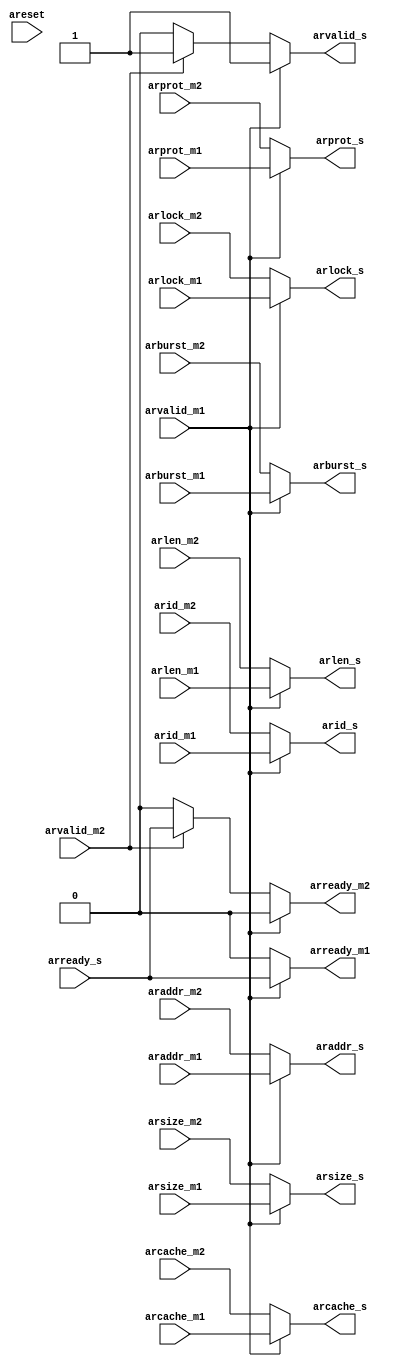
module ar_mux_2to1(
input areset,

// master 1
input   [31:0]  araddr_m1,
input    [3:0]  arid_m1,
input    [1:0]  arburst_m1,
input    [3:0]  arlen_m1,
input    [2:0]  arsize_m1,
input    [1:0]  arlock_m1,
input    [3:0]  arcache_m1,
input    [2:0]  arprot_m1,
input           arvalid_m1,
output          arready_m1,

// master 2
input   [31:0]  araddr_m2,
input    [3:0]  arid_m2,
input    [1:0]  arburst_m2,
input    [3:0]  arlen_m2,
input    [2:0]  arsize_m2,
input    [1:0]  arlock_m2,
input    [3:0]  arcache_m2,
input    [2:0]  arprot_m2,
input           arvalid_m2,
output          arready_m2,

// slave
output  [31:0]  araddr_s,
output   [3:0]  arid_s,
output   [1:0]  arburst_s,
output   [3:0]  arlen_s,
output   [2:0]  arsize_s,
output   [1:0]  arlock_s,
output   [3:0]  arcache_s,
output   [2:0]  arprot_s,
output          arvalid_s,
input           arready_s
);



// AR mux
assign araddr_s	  = arvalid_m1 ? araddr_m1 : araddr_m2;
assign arid_s	  = arvalid_m1 ? arid_m1 : arid_m2;
assign arlen_s	  = arvalid_m1 ? arlen_m1 : arlen_m2;
assign arsize_s	  = arvalid_m1 ? arsize_m1 : arsize_m2;
assign arburst_s  = arvalid_m1 ? arburst_m1 : arburst_m2;
assign arlock_s	  = arvalid_m1 ? arlock_m1 : arlock_m2;
assign arcache_s  = arvalid_m1 ? arcache_m1 : arcache_m2;
assign arprot_s	  = arvalid_m1 ? arprot_m1 : arprot_m2;
assign arvalid_s  = arvalid_m1 ? arvalid_m1 : arvalid_m2 ? arvalid_m2 : 1'b0;

assign arready_m1 = arvalid_m1 ? arready_s : arvalid_m2 ? 1'b0 : 1'b0;

assign arready_m2 = arvalid_m1 ? 1'b0 : arvalid_m2 ? arready_s : 1'b0;

endmodule